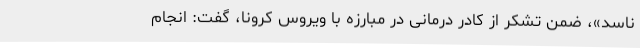
ناسد»، ضمن تشکر از کادر درمانی در مبارزه با ویروس کرونا، گفت: انجام